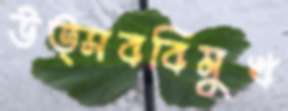
উত্সববিমুখ